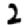
Digit: 2